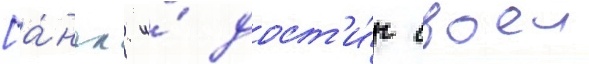
[а́нгл. и́ дост'и́г своеи